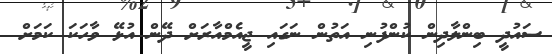
ސައުދީ ބިންލާދިން ކުންފުނި އަތުން ނަގައި ޖީއެމްއާރަށް ދޭން އުޅޭ ވާހަކަ ކަމަށް